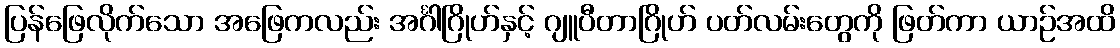
ပြန်ဖြေလိုက်သော အဖြေကလည်း အင်္ဂါဂြိုဟ်နှင့် ဂျူပီတာဂြိုဟ် ပတ်လမ်းတွေကို ဖြတ်ကာ ယာဉ်အထိ